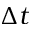
\Delta t